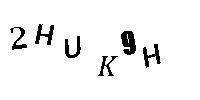
2HUK9H